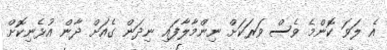
އެ ލަވަ ކޮންމެ ވެސް ވަރަކަށް ނިންމާލާފައި ނިދަން ގެއަށް ދާން އުޅެނިކޮށް